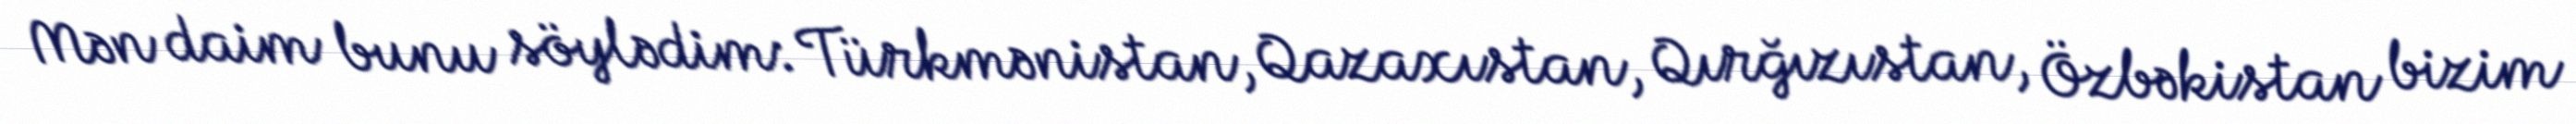
Mən daim bunu söylədim: Türkmənistan, Qazaxıstan, Qırğızıstan, Özbəkistan bizim